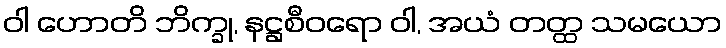
ဝါ ဟောတိ ဘိက္ခု, နဋ္ဌစီဝရော ဝါ, အယံ တတ္ထ သမယော